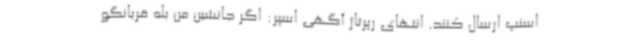
اسنپ ارسال کنند. انتهای رپرتاژ آگهی اسپر: اگر جانشین من بله قربانگو